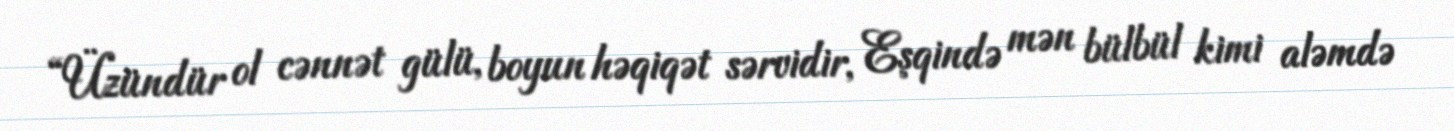
“Üzündür ol cənnət gülü, boyun həqiqət sərvidir, Eşqində mən bülbül kimi aləmdə